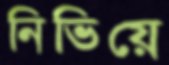
নিভিয়ে